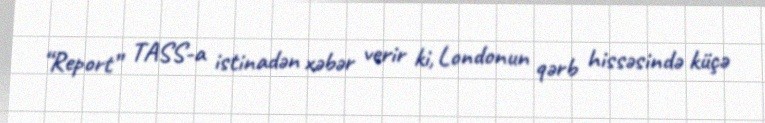
“Report” TASS-a istinadən xəbər verir ki, Londonun qərb hissəsində küçə